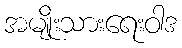
အမျိုးသားရေးဝါဒ